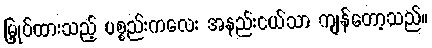
မြှုပ်ထားသည့် ပစ္စည်းကလေး အနည်းငယ်သာ ကျန်တော့သည်။